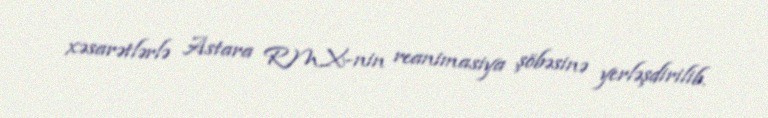
xəsarətlərlə Astara RMX-nin reanimasiya şöbəsinə yerləşdirilib.